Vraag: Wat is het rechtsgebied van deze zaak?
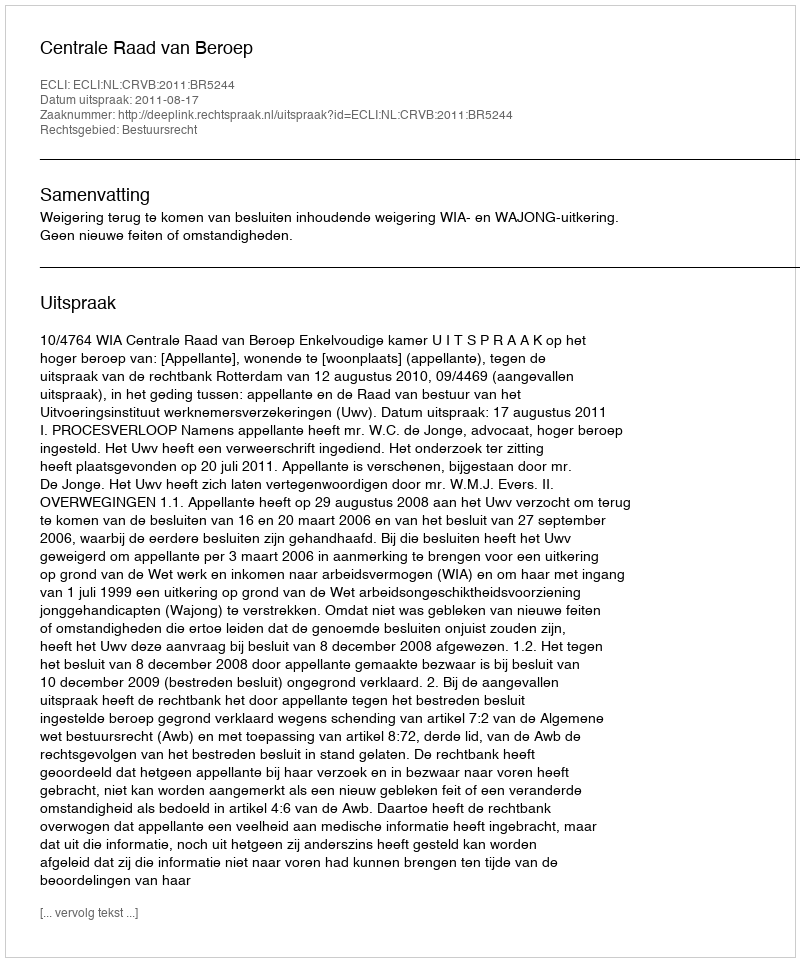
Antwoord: Bestuursrecht